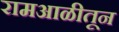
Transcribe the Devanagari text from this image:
रामआळीतून